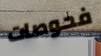
فحوصات